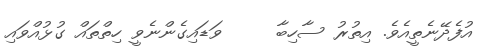
އުފެދޭނެތީއެވެ. އިތުރު ސާހިބާ     ވަޑައިގެންނެވީ ހިތްތައް ގުޅުއްވައި